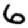
Digit: 6